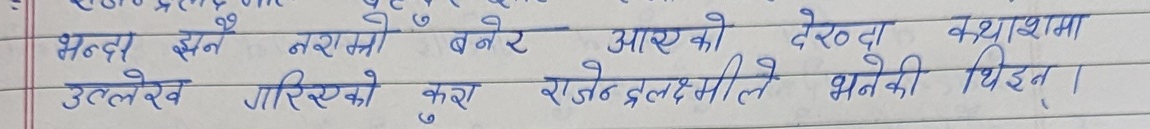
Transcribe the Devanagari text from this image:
भन्दा झनै नराम्रो बनेर आएको देख्दा कथाशमा
उल्लेख गरिएको कुरा राजेन्द्रलक्ष्मीले भनेकी थिइन् ।